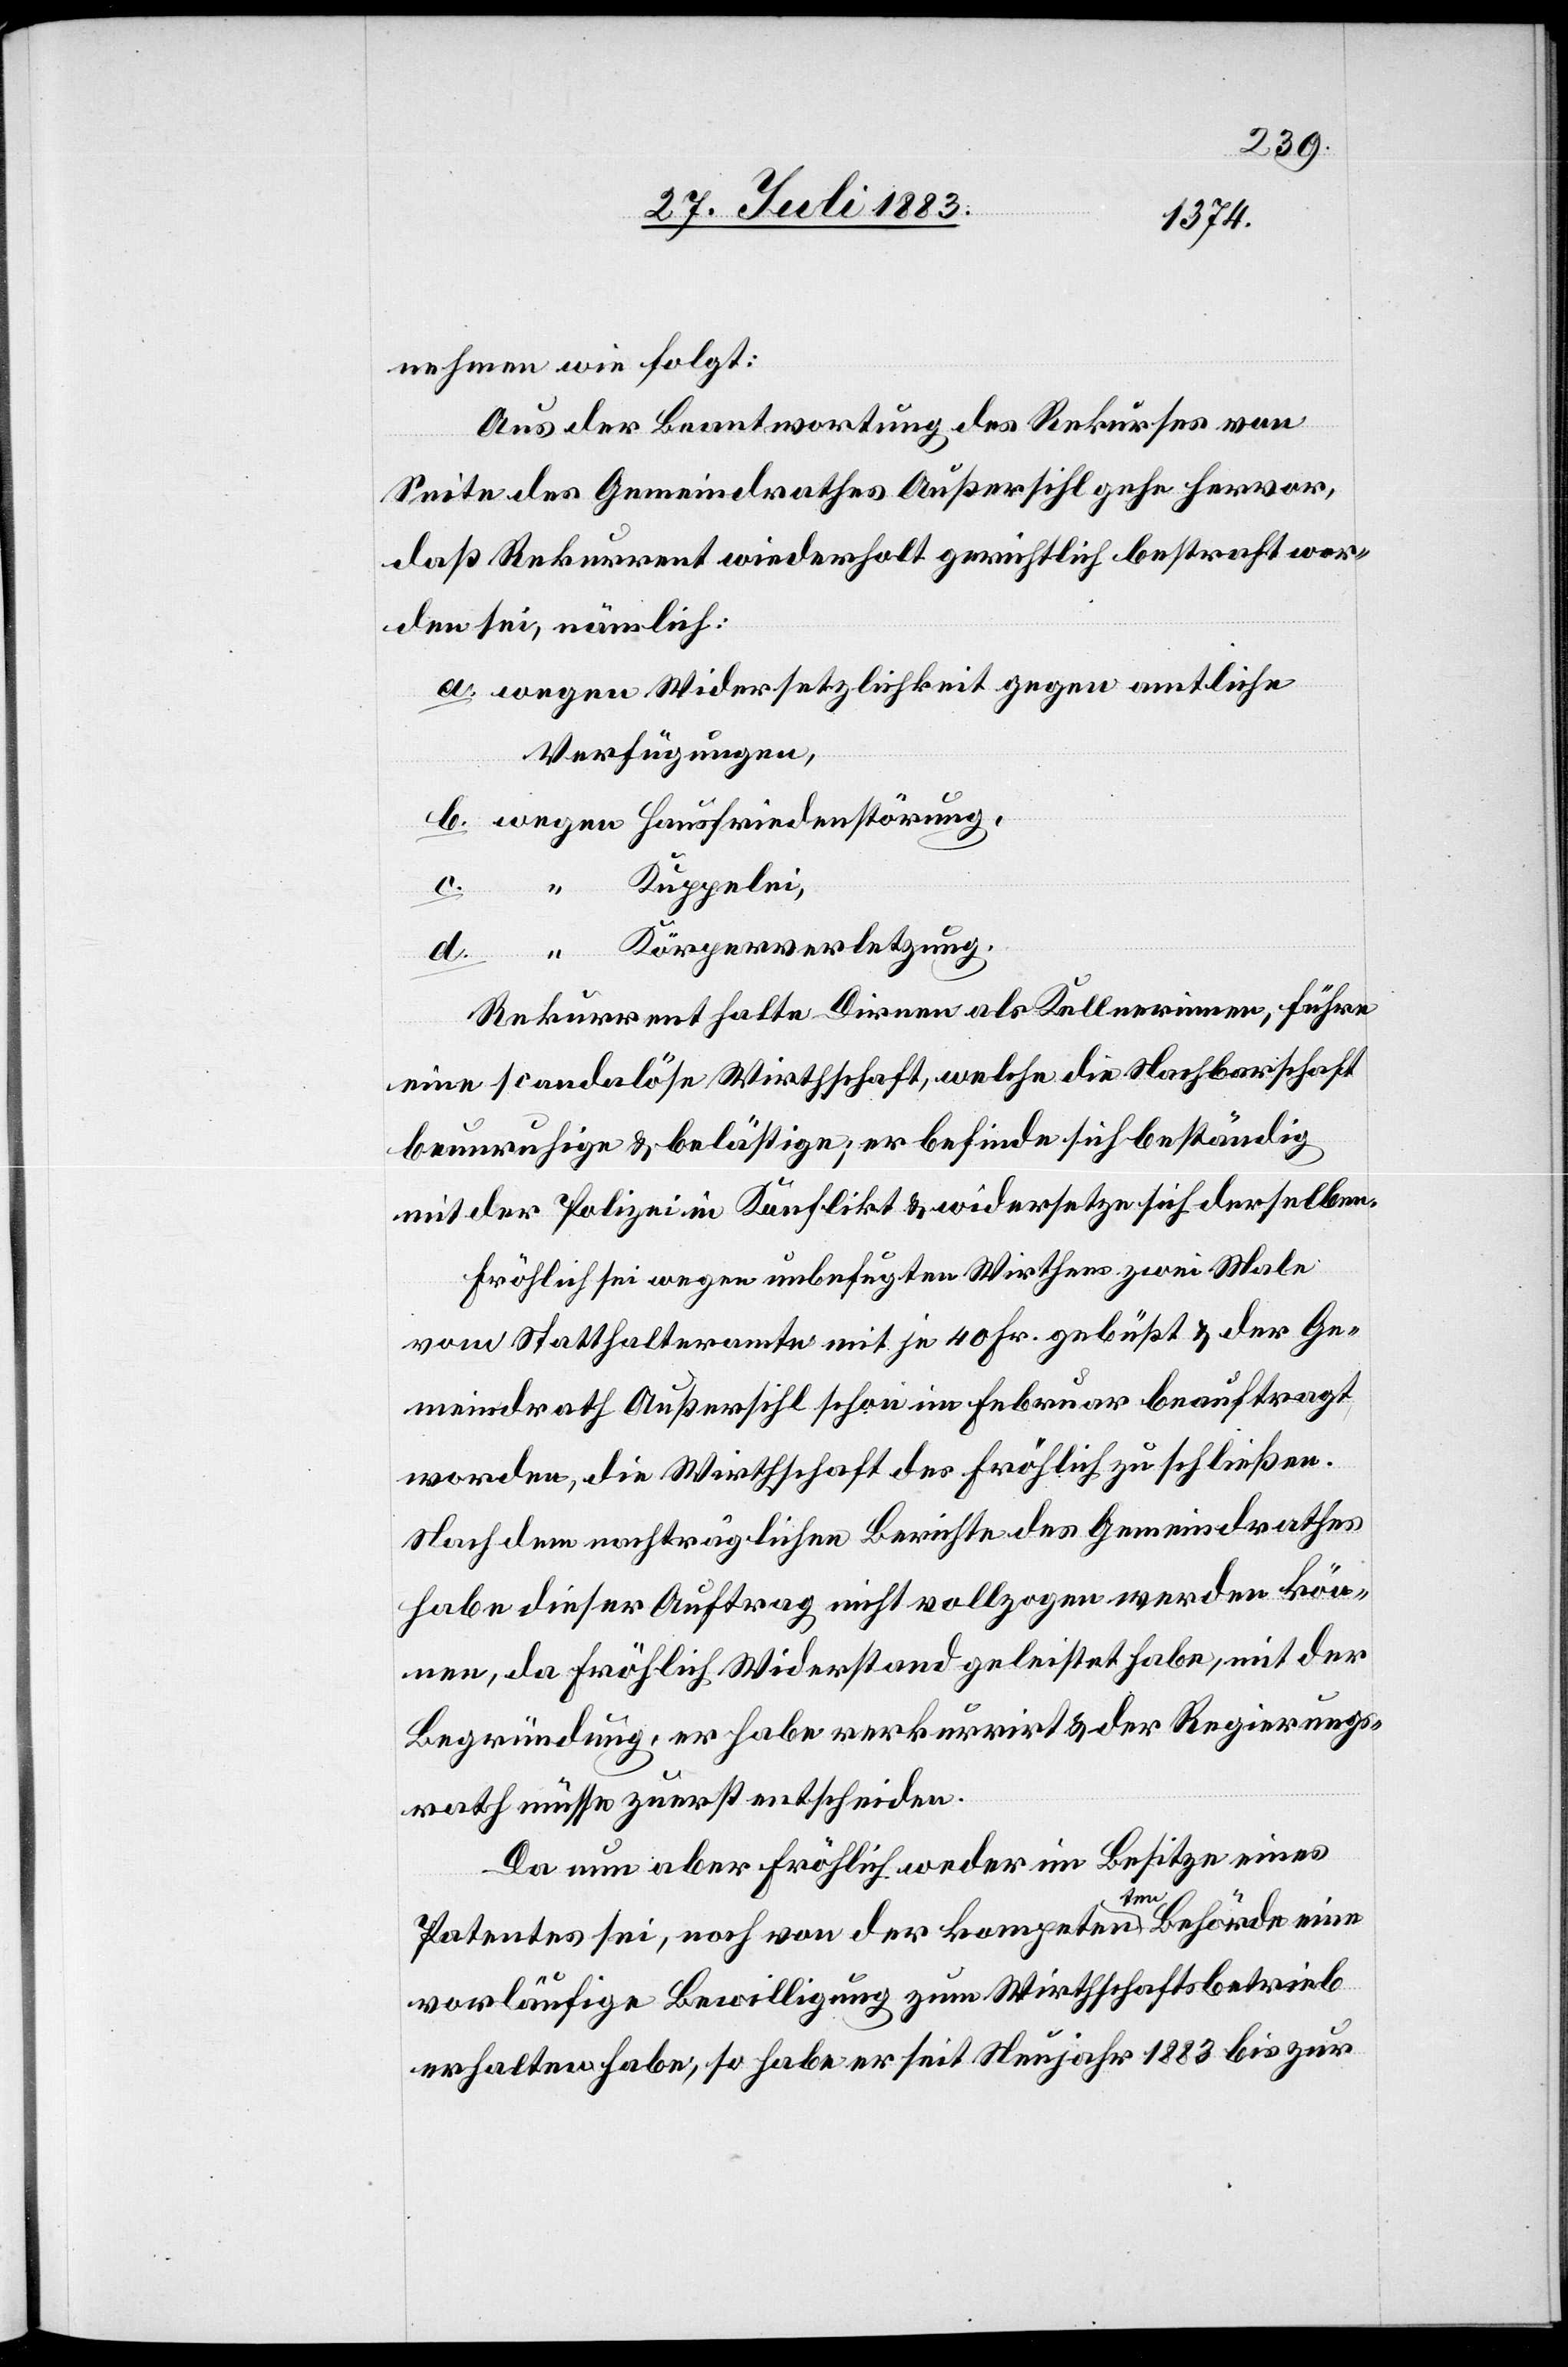
nehmen wie folgt:
Aus der Beantwortung des Rekurses gehe
daß Rekurrent wiederholt gerichtlich bestraft wor¬
den sei, nämlich:
a. wegen Widersetzlichkeit gegen amtliche
Verfügungen,
b. wegen Hausfriedenstörung,
Kuppelei,
d. “ Körperverletzung.
Rekurrent halte Dirnen als Kupplerinnen, führe
eine scandalöse Wirthschaft, welche die Nachbarschaft
beunruhige & belästige; er befinde sich beständig
mit der Polizei in Konflikt & widersetze sich derselben.
Fröhlich sei wegen unbefugten Wirthens zwei Male
vom Statthalteramte mit je 40 Fr. gebüßt & der Ge¬
meindrath Außersihl schon im Februar beauftragt
worden, die Wirthschaft des Fröhlich zu schließen.
Nach dem nachträglichen Berichte des Gemeindrathes
habe dieser Auftrag nicht vollzogen werden kön¬
nen, da Fröhlich Widerstand geleistet habe, mit der
Begründung, er habe rekurrirt & der Regierungs¬
rath müsse zuerst entscheiden.
Da nun aber Fröhlich weder im Besitze eines
vor,
Patentes sei, noch von der kompetenten Behörde eine
vorläufige Bewilligung zum Wirthschaftsbetrieb
erhalten habe, so habe er seit Neujahr 1883 bis zur